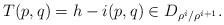
LaTeX: \begin{align*}T(p,q)=h-i(p,q)\in D_{\rho^i/\rho^{i+1}}.\end{align*}